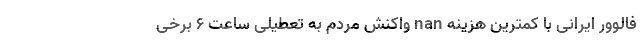
فالوور ایرانی با کمترین هزینه nan واکنش مردم به تعطیلی ساعت ۶ برخی